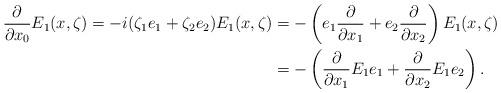
LaTeX: \begin{align*}\frac{\partial}{\partial x_0}E_1(x,\zeta) = -i(\zeta_1 e_1+\zeta_2 e_2) E_1(x,\zeta) &= -\left(e_1 \frac{\partial}{\partial x_1}+e_2 \frac{\partial}{\partial x_2}\right) E_1(x,\zeta)\\&= -\left( \frac{\partial}{\partial x_1}E_1 e_1+ \frac{\partial}{\partial x_2} E_1 e_2\right).\end{align*}